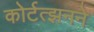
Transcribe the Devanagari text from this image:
कोर्टत्झनने